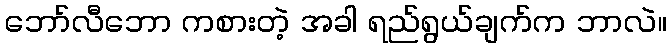
ဘော်လီဘော ကစားတဲ့ အခါ ရည်ရွယ်ချက်က ဘာလဲ။